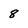
Character: 8